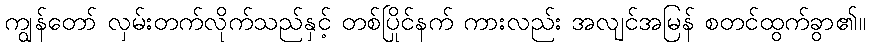
ကျွန်တော် လှမ်းတက်လိုက်သည်နှင့် တစ်ပြိုင်နက် ကားလည်း အလျင်အမြန် စတင်ထွက်ခွာ၏။